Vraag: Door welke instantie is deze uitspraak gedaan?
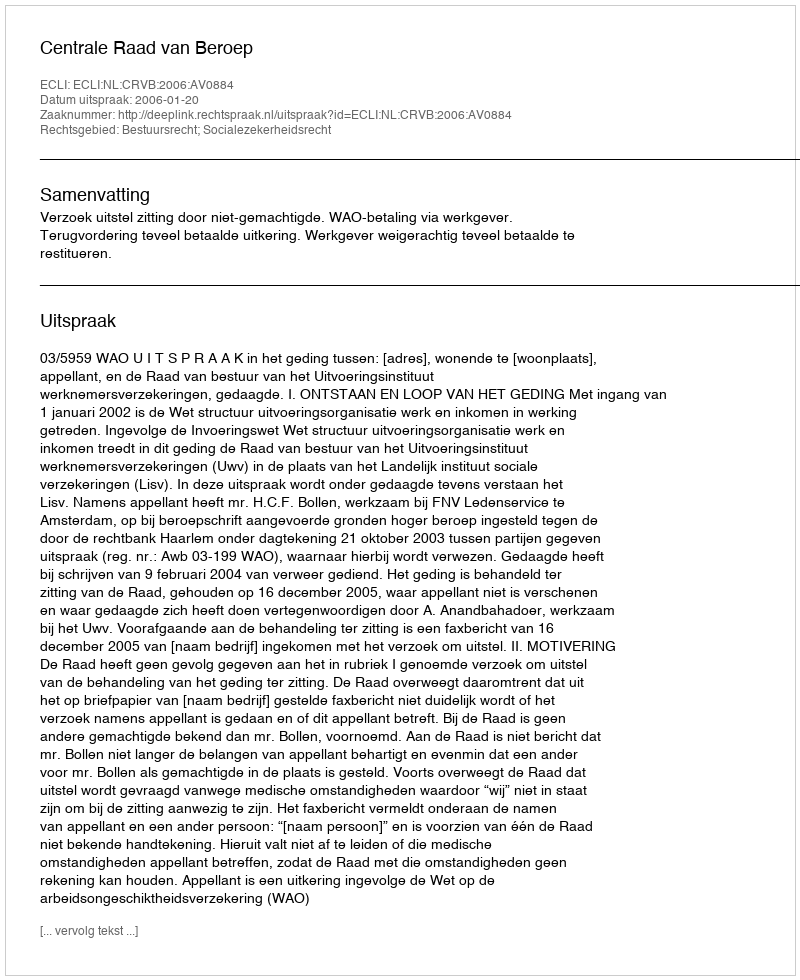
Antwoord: Centrale Raad van Beroep